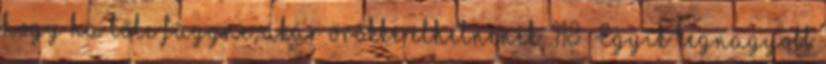
hogy ha tőle függne, akár örökké élhetnének. 118 Egyik legnagyobb